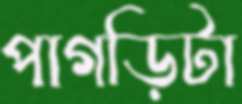
পাগড়িটা